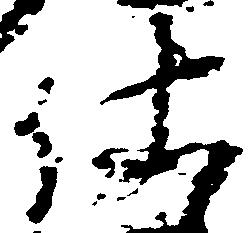
仕